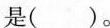
是( )。